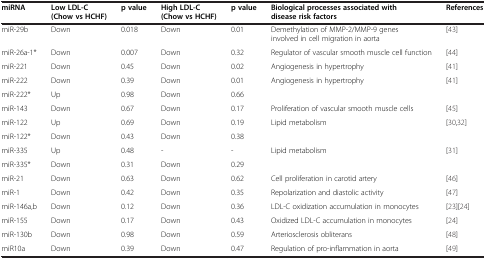
<table><thead><tr><td><b>miRNA</b></td><td><b>Low LDL-C (Chow vs HCHF)</b></td><td><b>p value</b></td><td><b>High LDL-C (Chow vs HCHF)</b></td><td><b>p value</b></td><td><b>Biological processes associated with disease risk factors</b></td><td><b>References</b></td></tr></thead><tbody><tr><td>miR-29b</td><td>Down</td><td>0.018</td><td>Down</td><td>0.01</td><td>Demethylation of MMP-2/MMP-9 genes involved in cell migration in aorta</td><td>[43]</td></tr><tr><td>miR-26a-1*</td><td>Down</td><td>0.007</td><td>Down</td><td>0.32</td><td>Regulator of vascular smooth muscle cell function</td><td>[44]</td></tr><tr><td>miR-221</td><td>Down</td><td>0.45</td><td>Down</td><td>0.02</td><td>Angiogenesis in hypertrophy</td><td>[41]</td></tr><tr><td>miR-222</td><td>Down</td><td>0.39</td><td>Down</td><td>0.01</td><td>Angiogenesis in hypertrophy</td><td>[41]</td></tr><tr><td>miR-222*</td><td>Up</td><td>0.98</td><td>Down</td><td>0.66</td><td> </td><td> </td></tr><tr><td>miR-143</td><td>Down</td><td>0.67</td><td>Down</td><td>0.17</td><td>Proliferation of vascular smooth muscle cells</td><td>[45]</td></tr><tr><td>miR-122</td><td>Up</td><td>0.69</td><td>Down</td><td>0.19</td><td>Lipid metabolism</td><td>[30,32]</td></tr><tr><td>miR-122*</td><td>Down</td><td>0.43</td><td>Down</td><td>0.38</td><td> </td><td> </td></tr><tr><td>miR-335</td><td>Up</td><td>0.48</td><td>-</td><td>-</td><td>Lipid metabolism</td><td>[31]</td></tr><tr><td>miR-335*</td><td>Down</td><td>0.31</td><td>Down</td><td>0.29</td><td> </td><td> </td></tr><tr><td>miR-21</td><td>Down</td><td>0.63</td><td>Down</td><td>0.62</td><td>Cell proliferation in carotid artery</td><td>[46]</td></tr><tr><td>miR-1</td><td>Down</td><td>0.42</td><td>Down</td><td>0.35</td><td>Repolarization and diastolic activity</td><td>[47]</td></tr><tr><td>miR-146a,b</td><td>Down</td><td>0.12</td><td>Down</td><td>0.36</td><td>LDL-C oxidization accumulation in monocytes</td><td>[23][24]</td></tr><tr><td>miR-155</td><td>Down</td><td>0.17</td><td>Down</td><td>0.43</td><td>Oxidized LDL-C accumulation in monocytes</td><td>[24]</td></tr><tr><td>miR-130b</td><td>Down</td><td>0.98</td><td>Down</td><td>0.59</td><td>Arteriosclerosis obliterans</td><td>[48]</td></tr><tr><td>miR10a</td><td>Down</td><td>0.39</td><td>Down</td><td>0.47</td><td>Regulation of pro-inflammation in aorta</td><td>[49]</td></tr></tbody></table>